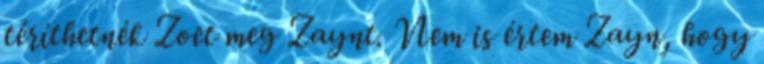
téríthetnék Zoet meg Zaynt. Nem is értem Zayn, hogy